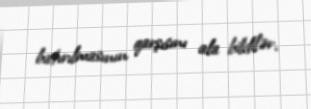
batırılmasının qarşısını ala bildilər.